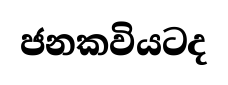
ජනකවියටද